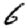
Digit: 6